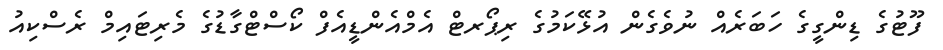
ފޫޓުގެ ޑިންގީގެ ހަބަރެއް ނުވެގެން އުޅޭކަމުގެ ރިޕޯރޓް އެމްއެންޑީއެފް ކޯސްޓްގާޑުގެ މެރިޓައިމް ރެސްކިއު